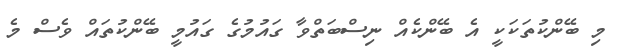
މި ބޭންކުތަކަކީ އެ ބޭންކެއް ނިސްބަތްވާ ގައުމުގެ ގައުމީ ބޭންކުތައް ވެސް މެ